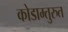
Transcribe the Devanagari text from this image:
कोडाम्तुरुत